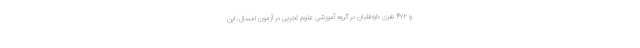
و ۴۷۲ نفری داوطلبان در گروه آموزشی علوم تجربی در آزمون امسال، این